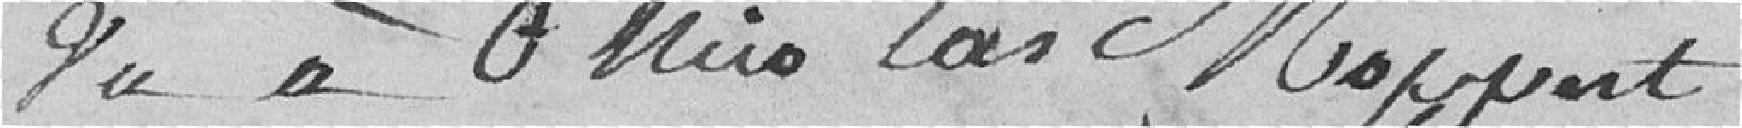
Du à Luis las Moppert